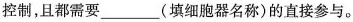
控制，且都需要____(填细胞器名称)的直接参与。